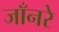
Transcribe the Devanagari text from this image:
जाँनरे